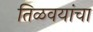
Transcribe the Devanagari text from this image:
तिळवयांचा